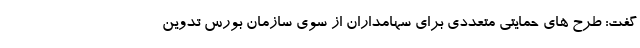
گفت: طرح های حمایتی متعددی برای سهامداران از سوی سازمان بورس تدوین